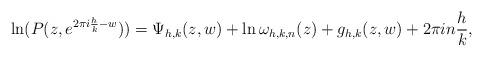
LaTeX: \begin{align*}\ln(P(z,e^{2\pi i\frac{h}{k} -w} )) &= \Psi_{h,k}(z,w)+\ln \omega_{h,k,n}(z) + g_{h,k}(z,w)+ 2\pi in\frac{h}{k},\end{align*}